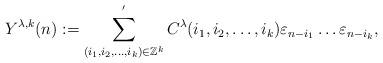
LaTeX: \begin{align*} Y^{\lambda,k}(n):=\sum_{(i_1,i_2,\ldots,i_k)\in{\mathbb{Z}}^{k}}^{'}C^{\lambda}(i_1,i_2,\ldots,i_k)\varepsilon _{n-i_1}\ldots\varepsilon_{n-i_k},\end{align*}